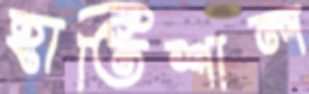
হাতিশাল